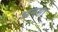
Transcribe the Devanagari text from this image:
अनशा